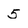
Character: 5